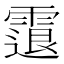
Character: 𩄮